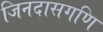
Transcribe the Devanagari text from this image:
जिनदासगणि